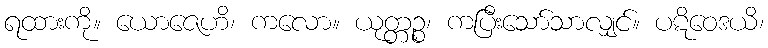
ရထားကို။ ယောဇေဟိ၊ ကလော။ ယုတ္တဉ္စ၊ ကပြီးသော်သာလျှင်။ ပဋိဝေဒယိ၊